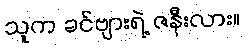
သူက ခင်ဗျားရဲ့ ဇနီးလား။